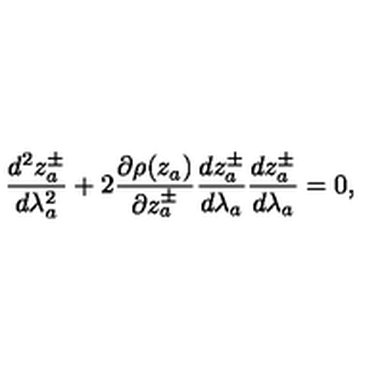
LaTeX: \frac { d ^ { 2 } z _ { a } ^ { \pm } } { d \lambda _ { a } ^ { 2 } } + 2 \frac { \partial \rho ( z _ { a } ) } { \partial z _ { a } ^ { \pm } } \frac { d z _ { a } ^ { \pm } } { d \lambda _ { a } } \frac { d z _ { a } ^ { \pm } } { d \lambda _ { a } } = 0 ,